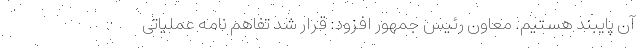
آن پایبند هستیم. معاون رئیس جمهور افزود: قرار شد تفاهم نامه عملیاتی